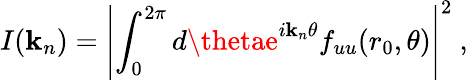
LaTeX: I(\mathbf{k}_{n})=\left|\int_{0}^{2\pi}d\thetae^{i\mathbf{k}_{n}\theta}f_{uu}(r_{0},\theta)\right|^{2}\ ,